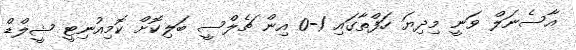
އާސެނަލް ވަނީ މިދިޔަ ހަފްތާގައި 1-0 އިން ޗެލްސީ ބަލިކޮށް ކޮމިއުނިޓީ ޝީލްޑް